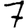
Digit: 7